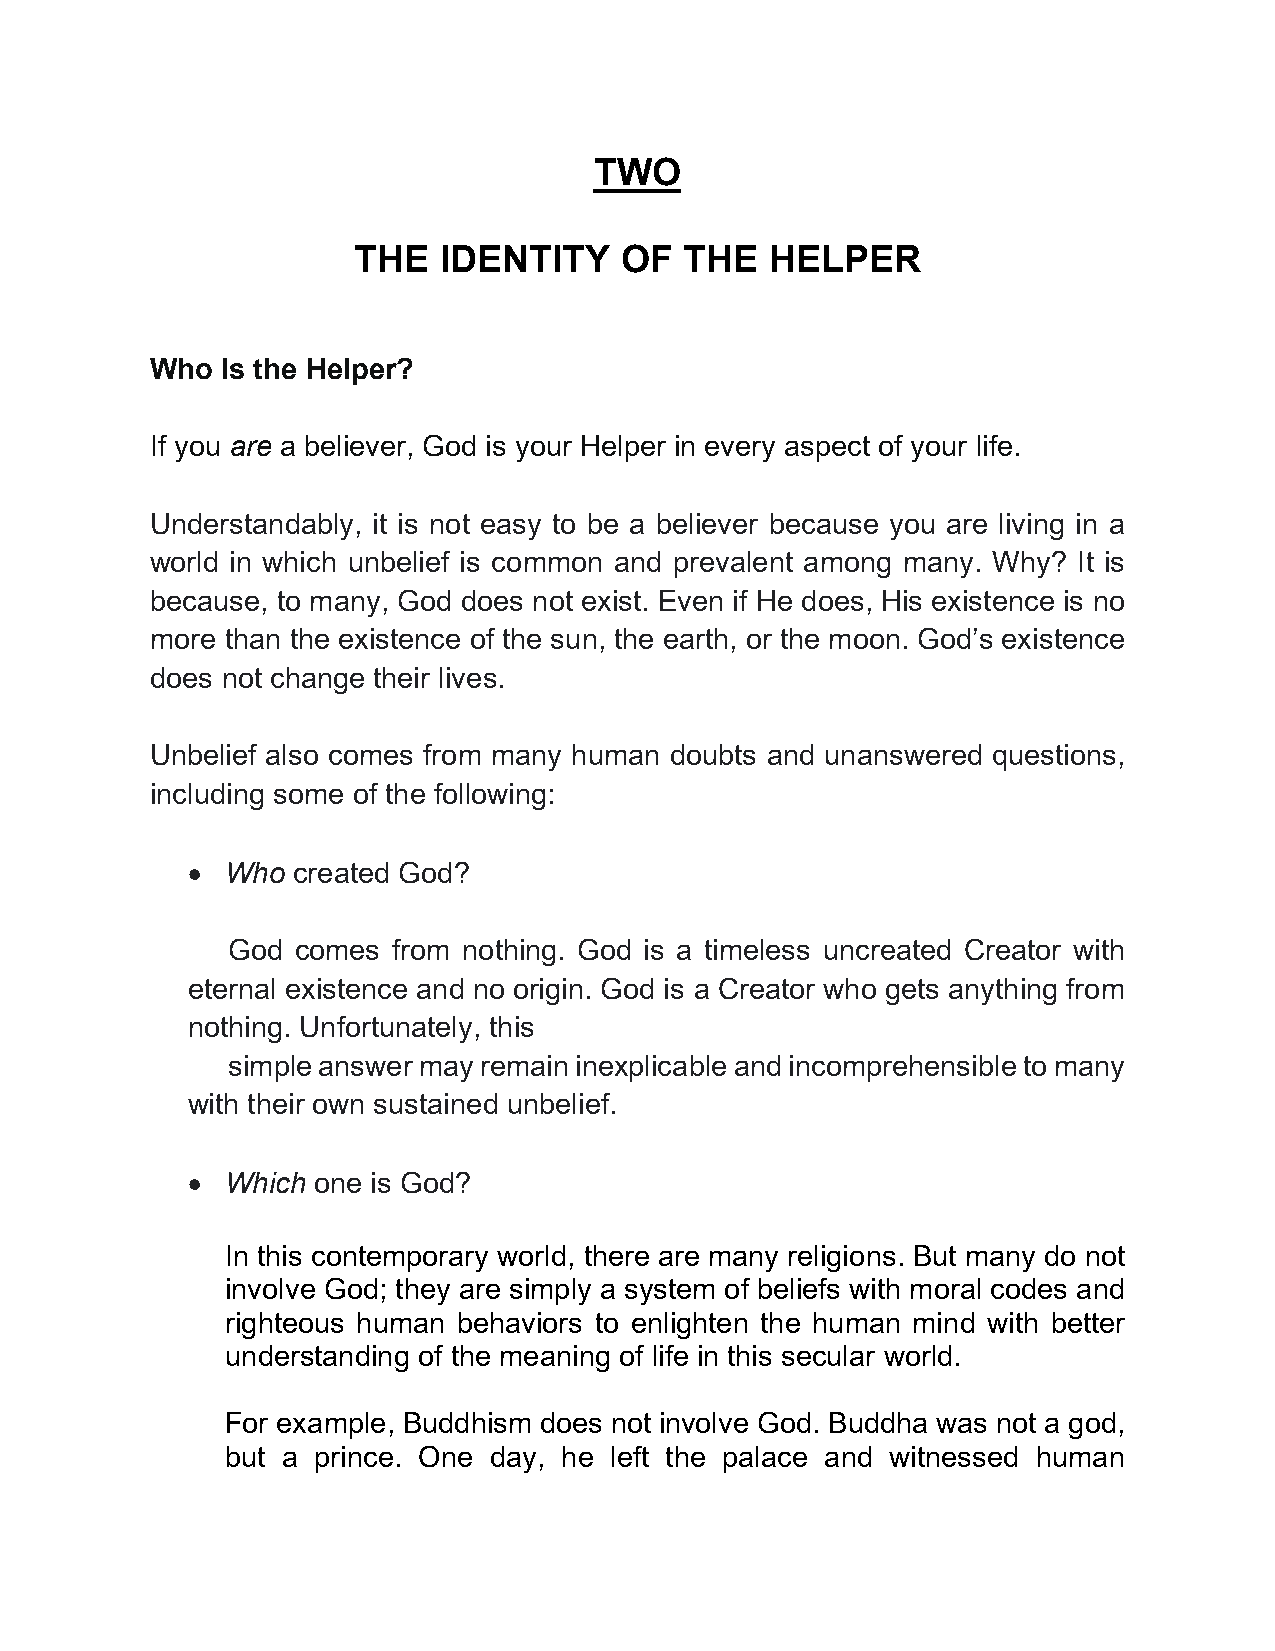
TWO
 THE   IDENTITY    OF  THE   HELPER
 Who  Is the Helper?
 If you are a believer, God is your Helper in every aspect of your life.
 Understandably, it is not easy to be a believer because you are living in a
 world in which unbelief is common and prevalent among many. Why? It is
 because, to many, God does not exist. Even if He does, His existence is no
 more than the existence of the sun, the earth, or the moon. God’s existence
 does not change their lives.
 Unbelief also comes from many human doubts and unanswered questions,
 including some of the following:
 •  Who created God?
 God  comes from nothing. God is a timeless uncreated Creator with
 eternal existence and no origin. God is a Creator who gets anything from
 nothing. Unfortunately, this
 simple answer may remain inexplicable and incomprehensible to many
 with their own sustained unbelief.
 •  Which one is God?
 In this contemporary world, there are many religions. But many do not
 involve God; they are simply a system of beliefs with moral codes and
 righteous human behaviors to enlighten the human mind with better
 understanding of the meaning of life in this secular world.
 For example, Buddhism does not involve God. Buddha was not a god,
 but a prince. One day, he left the palace and witnessed human